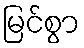
မြင်စွာ